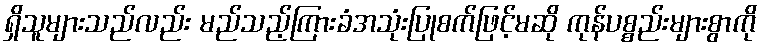
ရှိသူများသည်လည်း မည်သည့်ကြားခံအသုံးပြုစက်ဖြင့်မဆို ကုန်ပစ္စည်းများစွာကို